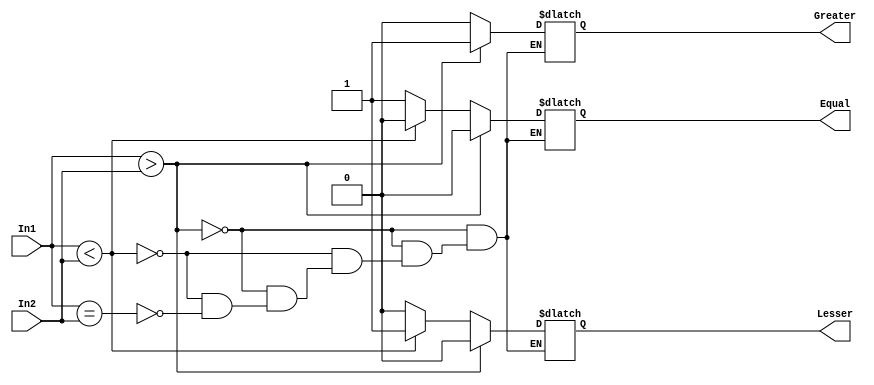
`timescale 1ns / 1ps



module magnitude_comparator(Equal, Lesser, Greater, In1, In2 );

input [3:0]In1;
input [3:0]In2;

output reg Equal;
output reg Lesser;
output reg Greater;

always@(In1 or In2)
begin

    if(In1>In2)
    begin
    Greater = 1;
    Lesser = 0;
    Equal = 0;
    end
    
    else if (In1<In2)
    begin
    Greater = 0;
    Lesser = 1;
    Equal = 0;
    end
    
    else if(In1==In2)
    begin
    Greater = 0;
    Lesser = 0;
    Equal = 1;
    end    

end
endmodule